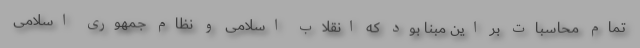
تمام محاسبات بر این مبنا بود که انقلاب اسلامی و نظام جمهوری اسلامی